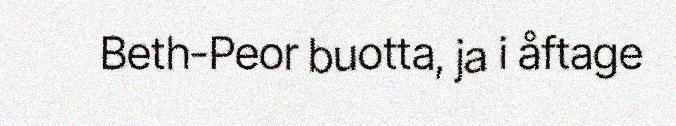
Beth-Peor buotta, ja i åftage